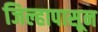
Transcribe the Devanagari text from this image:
जिल्हापासून